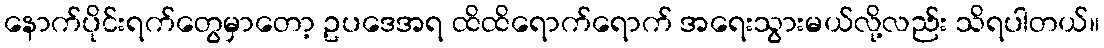
နောက်ပိုင်းရက်တွေမှာတော့ ဥပဒေအရ ထိထိရောက်ရောက် အရေးသွားမယ်လို့လည်း သိရပါတယ်။